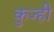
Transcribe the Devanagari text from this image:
कुज्ही